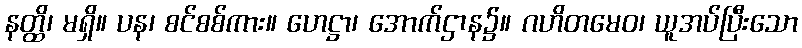
နတ္ထိ၊ မရှိ။ ပန၊ စင်စစ်ကား။ ဟေဋ္ဌာ၊ အောက်ဌာန၌။ ဂဟိတမေဝ၊ ယူအပ်ပြီးသော